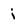
Character: i